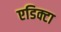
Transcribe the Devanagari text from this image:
एडिक्टा